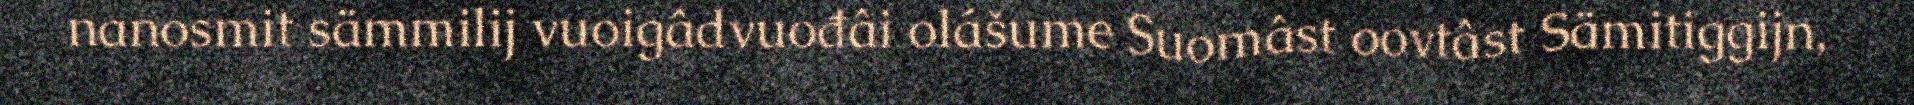
nanosmit sämmilij vuoigâdvuođâi olášume Suomâst oovtâst Sämitiggijn,